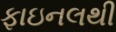
ફાઇનલથી